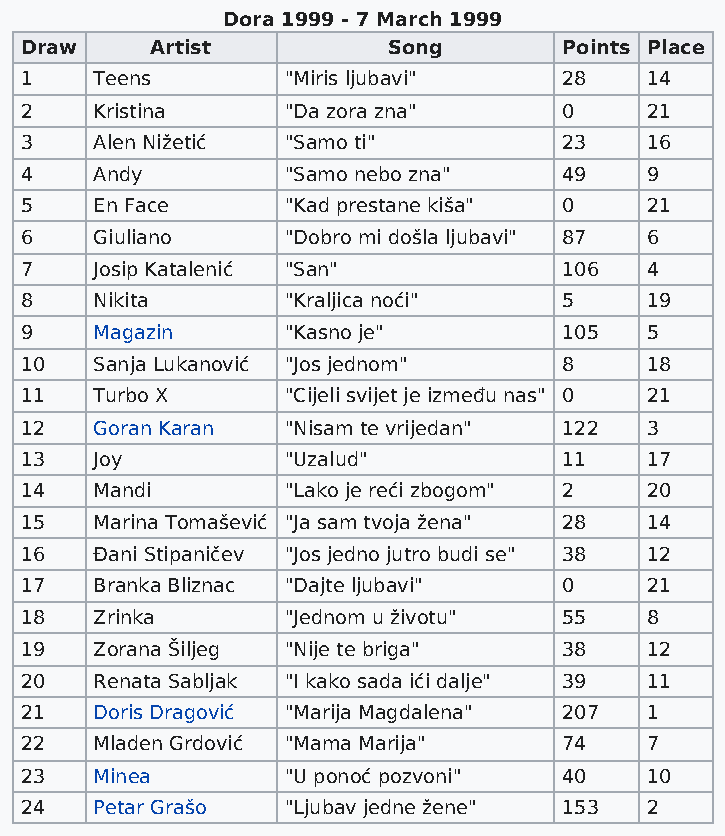
Dora 1999 - 7 March 1999
 Draw     Artist          Song       Points Place
 1    Teens        "Miris ljubavi"   28    14
 2    Kristina     "Da zora zna"     0     21
 3    Alen Nižetić "Samo ti"         23    16
 4    Andy         "Samo nebo zna"   49    9
 5    En Face      "Kad prestane kiša" 0   21
 6    Giuliano     "Dobro mi došla ljubavi" 87 6
 7    Josip Katalenić "San"          106   4
 8    Nikita       "Kraljica noći"   5     19
 9    Magazin      "Kasno je"        105   5
 10   Sanja Lukanović "Jos jednom"   8     18
 11   Turbo X      "Cijeli svijet je između nas" 0 21
 12   Goran Karan  "Nisam te vrijedan" 122 3
 13   Joy          "Uzalud"          11    17
 14   Mandi        "Lako je reći zbogom" 2 20
 15   Marina Tomašević "Ja sam tvoja žena" 28 14
 16   Đani Stipaničev "Jos jedno jutro budi se" 38 12
 17   Branka Bliznac "Dajte ljubavi" 0     21
 18   Zrinka       "Jednom u životu" 55    8
 19   Zorana Šiljeg "Nije te briga"  38    12
 20   Renata Sabljak "I kako sada ići dalje" 39 11
 21   Doris Dragović "Marija Magdalena" 207 1
 22   Mladen Grdović "Mama Marija"   74    7
 23   Minea        "U ponoć pozvoni" 40    10
 24   Petar Grašo  "Ljubav jedne žene" 153 2